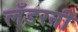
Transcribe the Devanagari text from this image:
लँडरनी